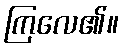
ကြလေ၏။